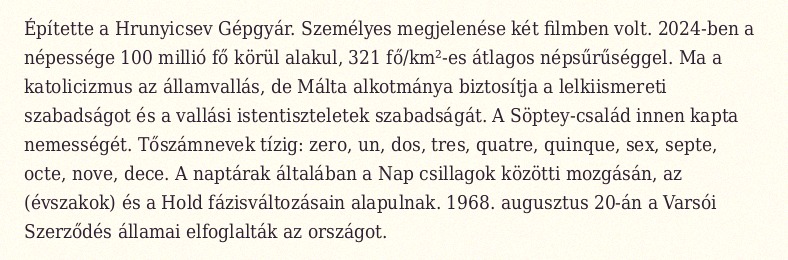
Építette a Hrunyicsev Gépgyár. Személyes megjelenése két filmben volt. 2024-ben a népessége 100 millió fő körül alakul, 321 fő/km²-es átlagos népsűrűséggel. Ma a katolicizmus az államvallás, de Málta alkotmánya biztosítja a lelkiismereti szabadságot és a vallási istentiszteletek szabadságát. A Söptey-család innen kapta nemességét. Tőszámnevek tízig: zero, un, dos, tres, quatre, quinque, sex, septe, octe, nove, dece. A naptárak általában a Nap csillagok közötti mozgásán, az (évszakok) és a Hold fázisváltozásain alapulnak. 1968. augusztus 20-án a Varsói Szerződés államai elfoglalták az országot.